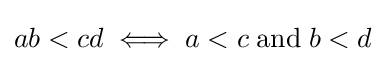
ab<cd\iff a<c\;{\text{and}}\;b<d